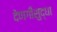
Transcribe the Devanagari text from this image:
देणगीसुद्धा